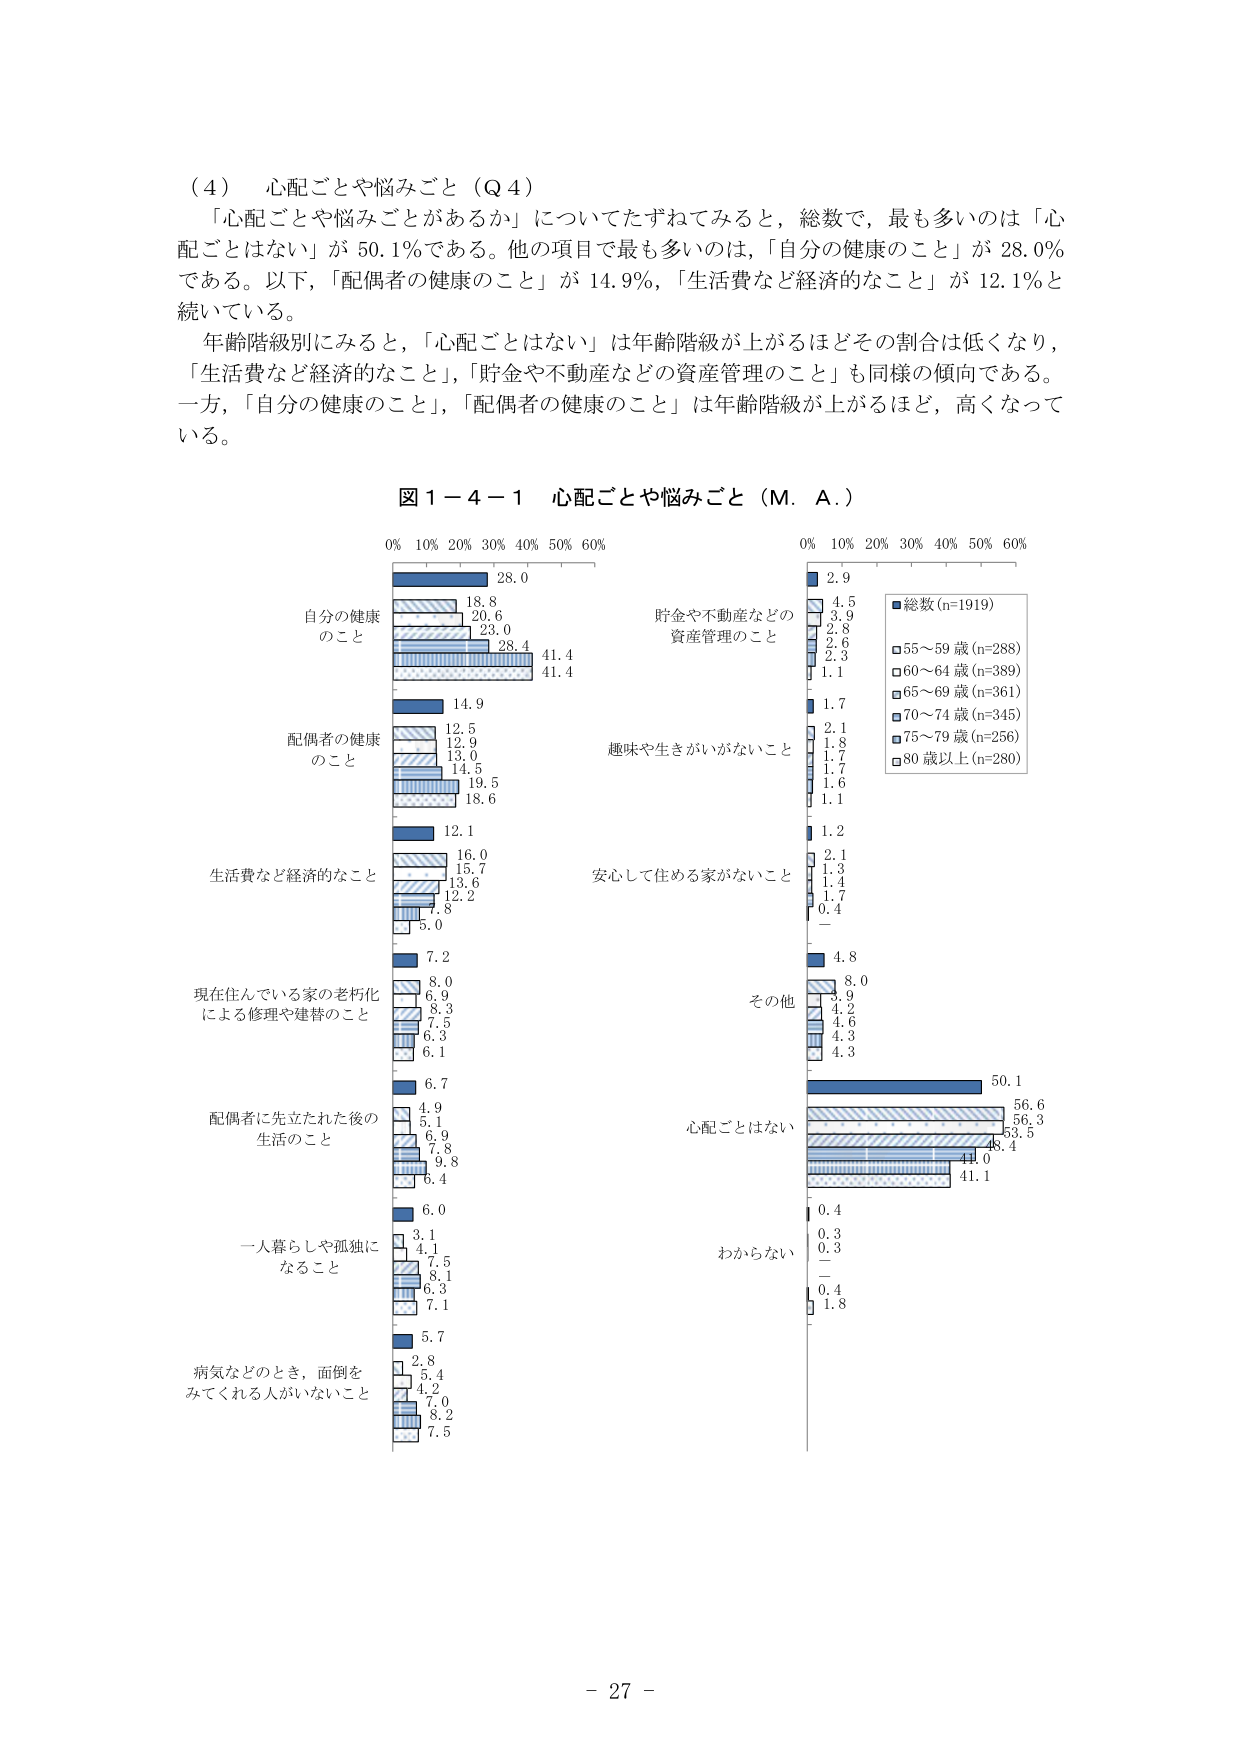
（４）　心配ごとや悩みごと（Ｑ４）

「心配ごとや悩みごとがあるか」についてたずねてみると，総数で，最も多いのは「心配ごとはない」が 50.1％である。他の項目で最も多いのは，「自分の健康のこと」が 28.0％である。以下，「配偶者の健康のこと」が 14.9％，「生活費など経済的なこと」が 12.1％と続いている。

年齢階級別にみると，「心配ごとはない」は年齢階級が上がるほどその割合は低くなり，「生活費など経済的なこと」，「貯金や不動産などの資産管理のこと」も同様の傾向である。一方，「自分の健康のこと」，「配偶者の健康のこと」は年齢階級が上がるほど，高くなっている。

図１－４－１　心配ごとや悩みごと（Ｍ．Ａ．）

0% 10% 20% 30% 40% 50% 60%

自分の健康
のこと
28.0
18.8
20.6
23.0
28.4
41.4
41.4

配偶者の健康
のこと
14.9
12.5
12.9
13.0
14.5
19.5
18.6

生活費など経済的なこと
12.1
16.0
15.7
13.6
12.2
7.8
5.0

現在住んでいる家の老朽化
による修理や建替のこと
7.2
8.0
6.9
8.3
7.5
6.3
6.1

配偶者に先立たれた後の
生活のこと
6.7
4.9
5.1
6.9
7.8
9.8
6.4

一人暮らしや孤独に
なること
6.0
3.1
4.1
7.5
8.1
6.3
7.1

病気などのとき，面倒を
みててくれる人がいないこと
5.7
2.8
5.4
4.2
7.0
8.2
7.5

貯金や不動産などの
資産管理のこと
2.9
4.5
3.9
2.8
2.6
2.3
1.1

趣味や生きがいがないこと
1.7
2.1
1.8
1.7
1.6
1.1

安心して住める家がないこと
1.2
2.1
1.3
1.4
1.7
0.4

その他
4.8
8.0
3.9
4.2
4.6
4.3
4.3

心配ごとはない
50.1
56.6
56.3
53.5
48.4
44.0
41.1

わからない
0.4
0.3
0.3
－
0.4
1.8

■総数(n=1919)
■55～59歳(n=288)
■60～64歳(n=389)
■65～69歳(n=361)
■70～74歳(n=345)
■75～79歳(n=256)
■80歳以上(n=280)

－ 27 －